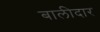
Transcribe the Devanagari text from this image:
बालीदार